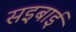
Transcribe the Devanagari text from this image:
सइबाई